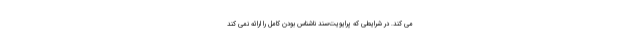
می کند. در شرایطی که پرایویت‌سِند ناشناس بودن کامل را ارائه نمی کند